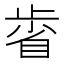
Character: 𣦉